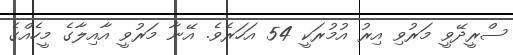
ސްރީދޭވީ މަރުވި އިރު އުމުރަކީ 54 އަހަރެވެ. އޭނާ މަރުވީ އާއިލާގެ މީހެއްގެ